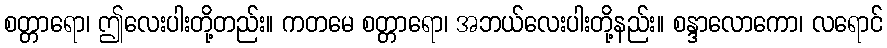
စတ္တာရော၊ ဤလေးပါးတို့တည်း။ ကတမေ စတ္တာရော၊ အဘယ်လေးပါးတို့နည်း။ စန္ဒာလောကော၊ လရောင်